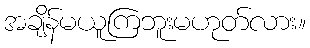
အချိန်မယူကြဘူးမဟုတ်လား။